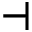
\dashv